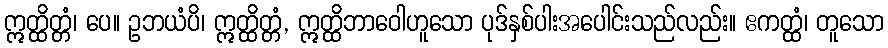
ဣတ္ထိတ္တံ၊ ပေ။ ဥဘယံပိ၊ ဣတ္ထိတ္တံ, ဣတ္ထိဘာဝေါဟူသော ပုဒ်နှစ်ပါးအပေါင်းသည်လည်း။ ဧကတ္ထံ၊ တူသော